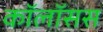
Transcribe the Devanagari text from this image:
कॉलॉसस